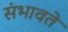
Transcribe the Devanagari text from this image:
संभावते